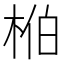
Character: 𬂺